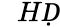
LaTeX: \mathcal ḊHḌ